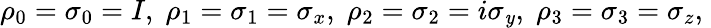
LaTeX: \rho_{0}=\sigma_{0}=I,\; \rho_{1}=\sigma_{1}=\sigma_{x},\; \rho_{2}=\sigma_{2}=i\sigma_{\mathit{y}},\; \rho_{3}=\sigma_{3}=\sigma_{z},\;